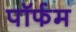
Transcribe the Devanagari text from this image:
पॉर्फम